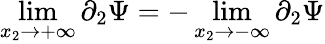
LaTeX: \operatorname*{lim}_{x_{2}\to+\infty}\partial_{2}\Psi=-\operatorname*{lim}_{x_{2}\to-\infty}\partial_{2}\Psi